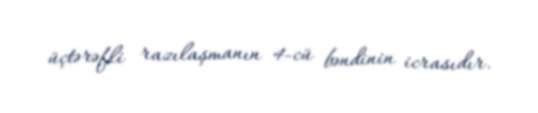
üçtərəfli razılaşmanın 4-cü bəndinin icrasıdır.